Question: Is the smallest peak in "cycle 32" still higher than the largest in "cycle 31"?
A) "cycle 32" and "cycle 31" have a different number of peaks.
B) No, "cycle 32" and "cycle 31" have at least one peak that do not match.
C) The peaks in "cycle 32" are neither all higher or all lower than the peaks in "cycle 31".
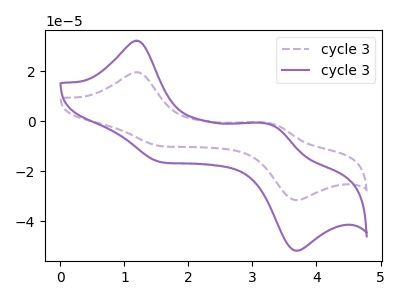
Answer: <think>The purple dashed curve "cycle 31" has anodic peaks at (1.15V, 19.60uA) (3.25V, -0.75uA) and cathodic peaks at (1.60V, -10.10uA) (3.70V, -31.55uA). The purple curve "cycle 32" has anodic peaks at (1.15V, 32.20uA) (3.25V, -1.25uA) and cathodic peaks at (1.60V, -16.55uA) (3.70V, -51.75uA).</think>
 <answer>C) The peaks in "cycle 32" are neither all higher or all lower than the peaks in "cycle 31".</answer>
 <eval>C</eval>